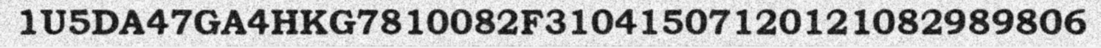
1U5DA47GA4HKG7810082F31041507120121082989806